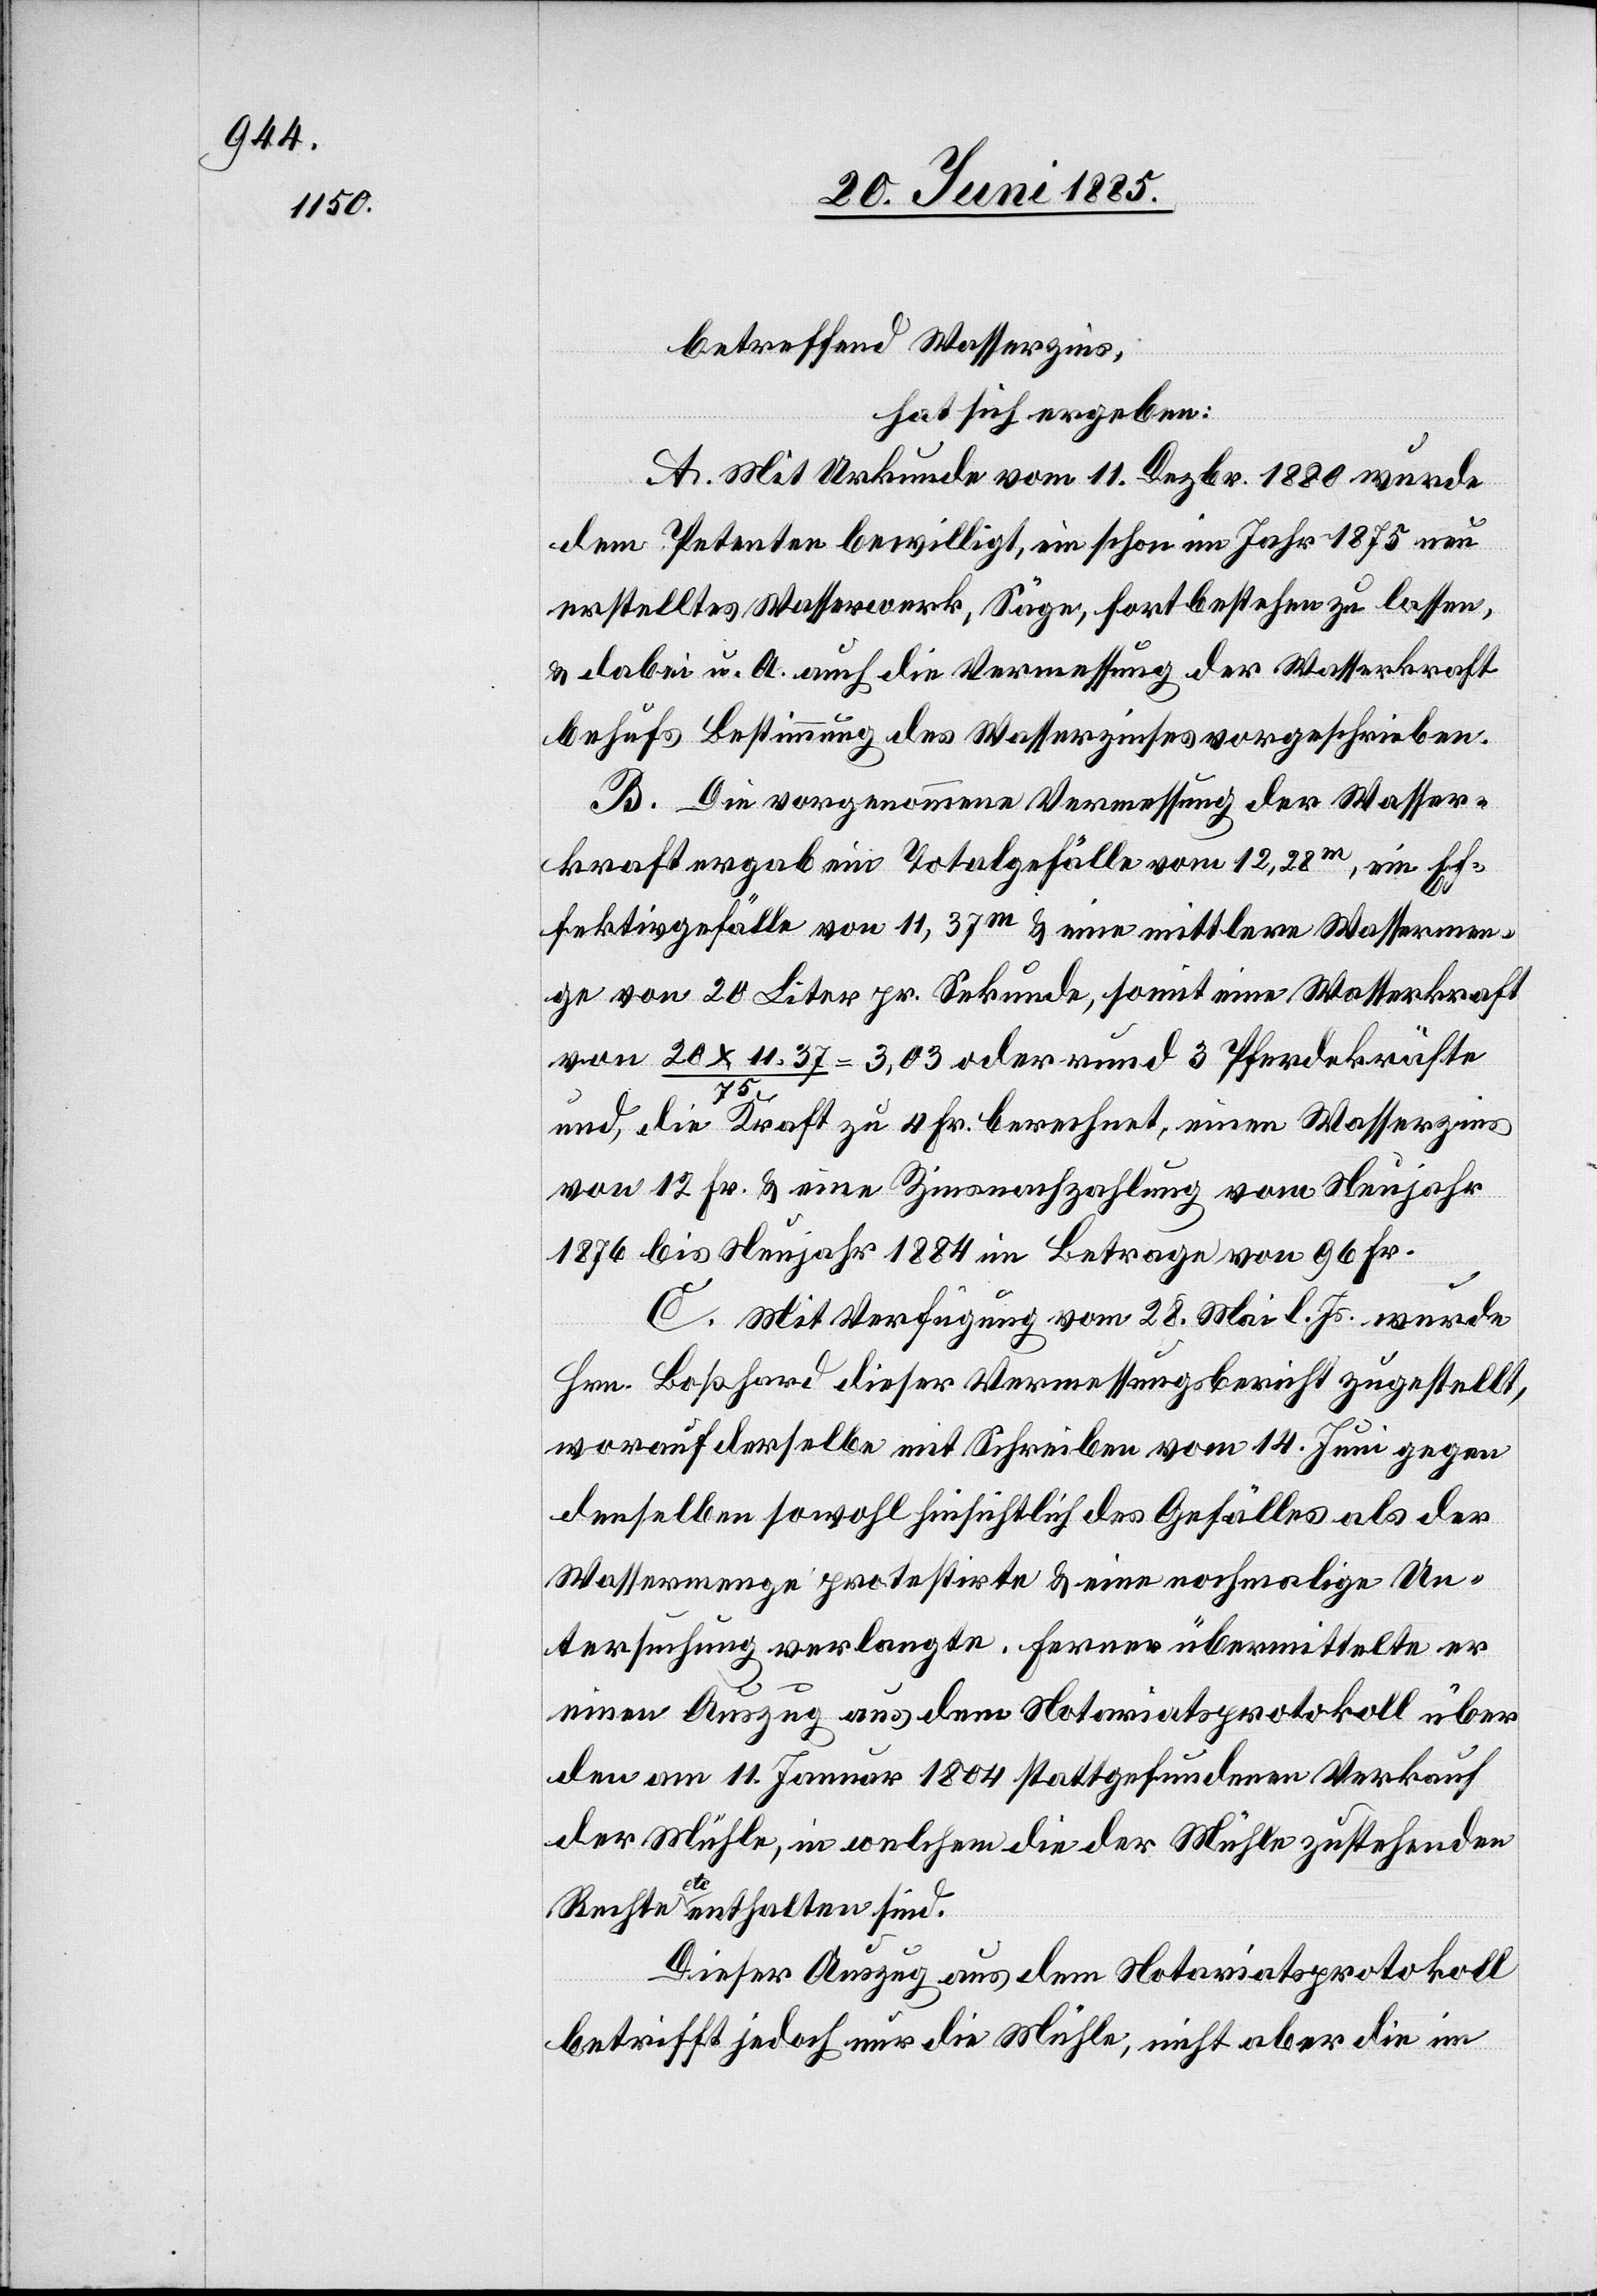
betreffend Wasserzins,
hat sich ergeben:
A. Mit Urkunde vom 11. Dezbr. 1880 wurde
dem Petenten bewilligt, ein schon im Jahr 1875 neu
erstelltes Wasserwerk, Säge, fortbestehen zu lassen
& dabei u. A. auch die Vermessung der Wasserkraft
behufs Bestimmung des Wasserzinses vorgeschrieben.
B. Die vorgenommene Vermessung der Wasser¬
kraft ergab ein Totalgefälle von 12,328 m, ein Ef¬
fektivgefälle von 11,37 m & eine mittlere Wassermen¬
ge von 20 Liter pr. Sekunde, somit eine Wasserkraft
von 20 x 11,37 / 75 = 3,03 oder rund 3 Pferdekräfte
und, die Kraft zu 4 Fr. berechnet, einen Wasserzins
von 12 Fr. & eine Zinsnachzahlung vom Neujahr
1876 bis Neujahr 1884 im Betrage von 96 Fr.
C. Mit Verfügung vom 28. Mai l. Js. wurde
Hrn. Boßhard dieser Vermessungsbericht zugestellt,
worauf derselbe mit Schreiben vom 14. Juni gegen
denselben sowohl hinsichtlich des Gefälles als der
Wassermenge protestirte & eine nochmalige Un¬
tersuchung verlangte. Ferner übermittelte er
einen Auszug aus dem Notariatsprotokoll über
den am 11. Januar 1804 stattgefundenen Verkauf
der Mühle, in welchem die der Mühle zustehenden
Rechte etc. enthalten sind.
Dieser Auszug aus dem Notariatsprotokoll
betrifft jedoch nur die Mühle, nicht aber die im